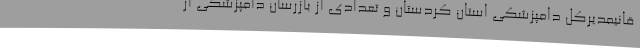
قانیمدیرکل دامپزشکی استان کردستان و تعدادی از بازرسان دامپزشکی از